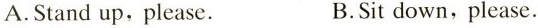
A.Stand up, please. B.Sit down,please.